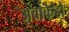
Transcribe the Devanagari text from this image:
अवोकेडो